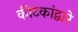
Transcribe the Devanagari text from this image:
कीटकांद्वारे